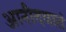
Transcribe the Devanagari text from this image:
आनीदवातं